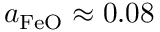
a _ { \mathrm { F e O } } \approx 0 . 0 8